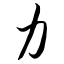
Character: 力